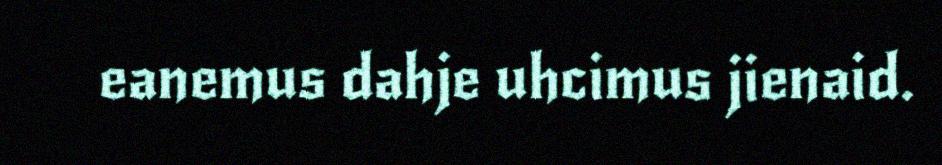
eanemus dahje uhcimus jienaid.